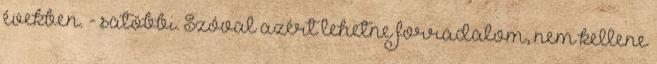
években. - satöbbi. Szóval azért lehetne forradalom, nem kellene